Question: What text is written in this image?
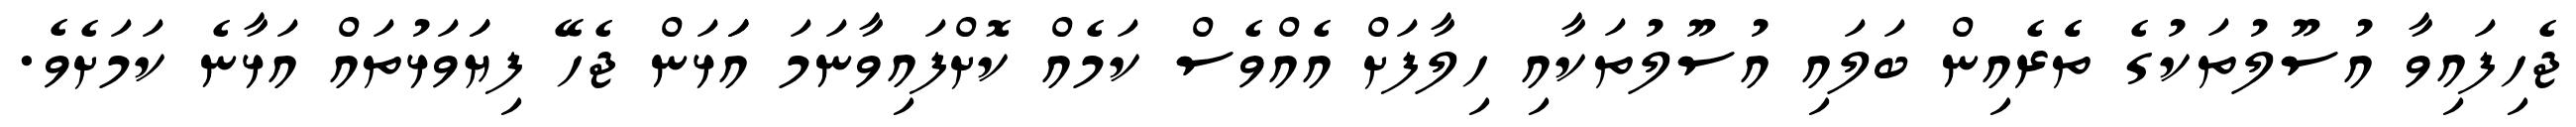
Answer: ޖެހިފައިވާ އުސޫލުތަކުގެ ތެެރެއިން ބަލައި އުސޫލުތަކާއި ހިލާފަށް އެއްވެސް ކަމެއް ކޮށްފައިވާނަމަ އަަަޅަން ޖެހޭ ފިޔަަވަޅުތައް އަޅާނެ ކަމަށެވެ.